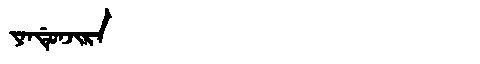
Manchu: ᠶᠠᠨᡩᡠᠨᠵᡳᡵᠠ
Romanization: YANDUNJIRA